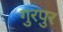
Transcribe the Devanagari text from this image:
गुरपुर